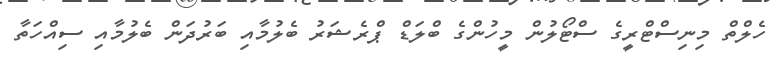
ހެލްތް މިނިސްޓްރީގެ ސްޓޯލުން މީހުންގެ ބްލަޑް ޕްރެޝަރު ބެލުމާއި ބަރުދަން ބެލުމާއި ސިއްހަތާ